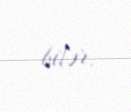
bilər.